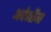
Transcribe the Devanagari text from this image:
अदेनीन